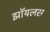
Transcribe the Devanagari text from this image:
झॉयलस